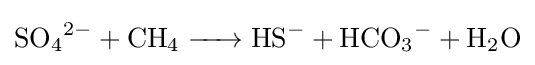
{\ce {SO4^2- + CH4 -> HS^- +HCO3^- +H2O}}